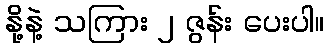
နို့နဲ့ သကြား ၂ ဇွန်း ပေးပါ။